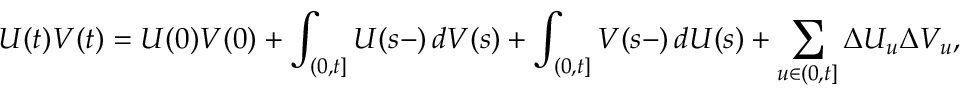
U ( t ) V ( t ) = U ( 0 ) V ( 0 ) + \int _ { ( 0 , t ] } U ( s - ) \, d V ( s ) + \int _ { ( 0 , t ] } V ( s - ) \, d U ( s ) + \sum _ { u \in ( 0 , t ] } \Delta U _ { u } \Delta V _ { u } ,